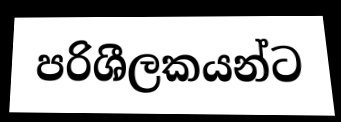
පරිශීලකයන්ට